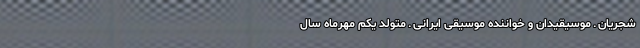
شجریان ـ موسیقیدان و خواننده موسیقی ایرانی ـ متولد یکم مهرماه سال